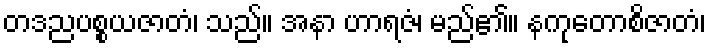
တဒညပစ္စယဇာတံ၊ သည်။ အနာ ဟာရဇံ၊ မည်၏။ နကုတောစိဇာတံ၊